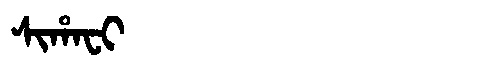
Manchu: ᠰᡳᡥᠠᠸᡳ
Romanization: SIHAFI